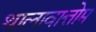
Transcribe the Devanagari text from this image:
थालावात्तोम